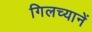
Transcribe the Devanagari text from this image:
गिलच्यानें